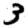
Digit: 3